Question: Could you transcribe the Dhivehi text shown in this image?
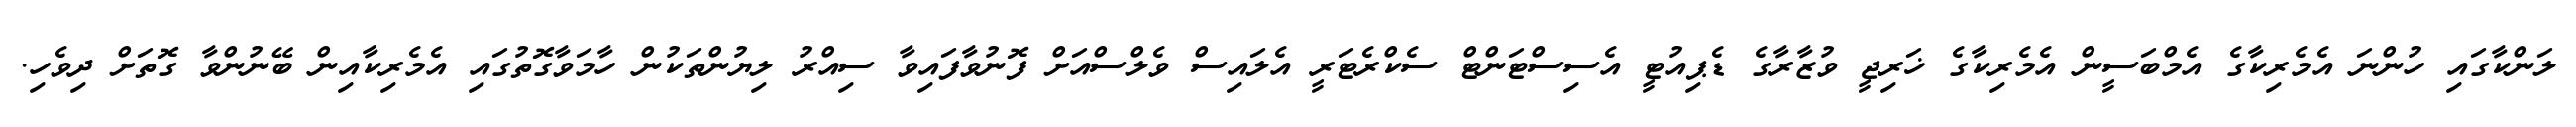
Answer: ލަންކާގައި ހުންނަ އެމެރިކާގެ އެމްބަސީން އެމެރިކާގެ ޚަރިޖީ ވުޒާރާގެ ޑެޕިއުޓީ އެސިސްޓަންޓް ސެކްރެޓަރީ އެލައިސް ވެލްސްއަށް ފޮނުވާފައިވާ ސިއްރު ލިޔުންތަކުން ހާމަވާގޮތުގައި އެމެރިކާއިން ބޭނުންވާ ގޮތަށް ދިވެހި.